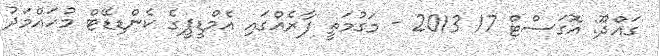
ގައްދޫ: އޮގަސްޓް 17 2013 - މަގުމަތީ ފާރެއްގައި އެމްޑީޕީގެ ކެންޑިޑޭޓް މުހައްމަދު